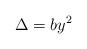
LaTeX: \begin{align*} \Delta = by^2\end{align*}